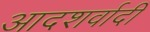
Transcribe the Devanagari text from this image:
आदशर्वादी